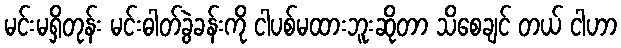
မင်းမရှိတုန်း မင်းဓါတ်ခွဲခန်းကို ငါပစ်မထားဘူးဆိုတာ သိစေချင် တယ် ငါဟာ